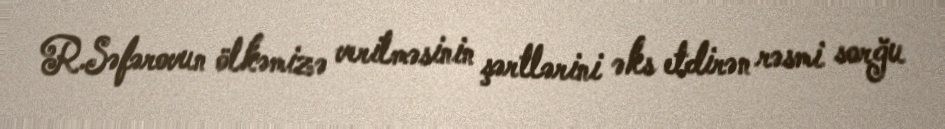
R.Səfərovun ölkəmizə verilməsinin şərtlərini əks etdirən rəsmi sorğu